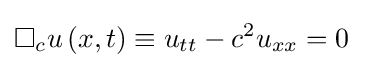
\Box _{c}u\left(x,t\right)\equiv u_{tt}-c^{2}u_{xx}=0~